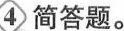
④简答题。